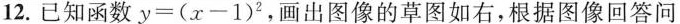
12.已知函数$$y = ( x - 1 ) ^ { 2 }$$，画出图像的草图如右，根据图像回答问